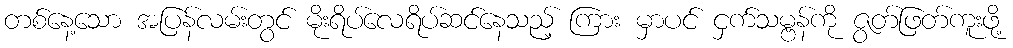
တစ်နေ့သော အပြန်လမ်းတွင် မိုးရိပ်လေရိပ်ဆင်နေသည့် ကြား မှာပင် ငှက်သမ္ဗန်ကို ဇွတ်ဖြတ်ကူးဖို့